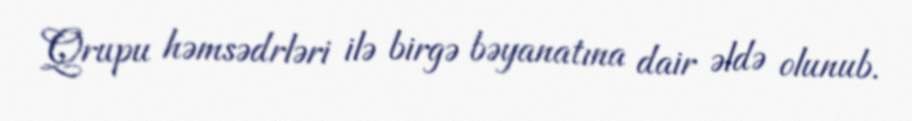
Qrupu həmsədrləri ilə birgə bəyanatına dair əldə olunub.